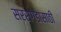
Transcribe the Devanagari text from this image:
सरसगडासाठी